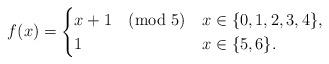
LaTeX: \begin{align*}f(x)= \begin{cases} x+1 \pmod 5 & x\in \{0,1,2,3,4\}, \\ 1 & x \in \{5,6\}.\end{cases}\end{align*}